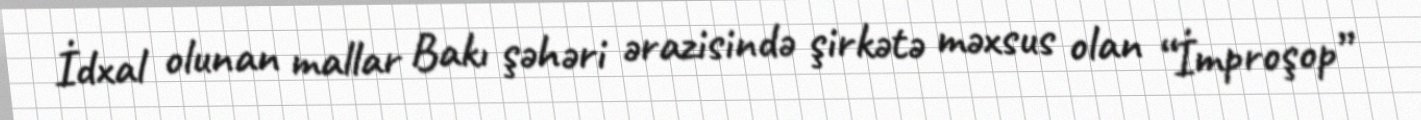
İdxal olunan mallar Bakı şəhəri ərazisində şirkətə məxsus olan “İmproşop”